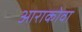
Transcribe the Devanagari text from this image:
आराकोवा